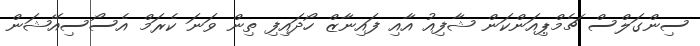
ސިންގަލްސް ޗެމްޕިއަންކަން ޝާފިއު އާއި ފައިނާޒް ހޯދައިފި ތިން ވަނަ ކެރަމް އެސޯސިއޭޝަން